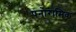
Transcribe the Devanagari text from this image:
पनोरामिक